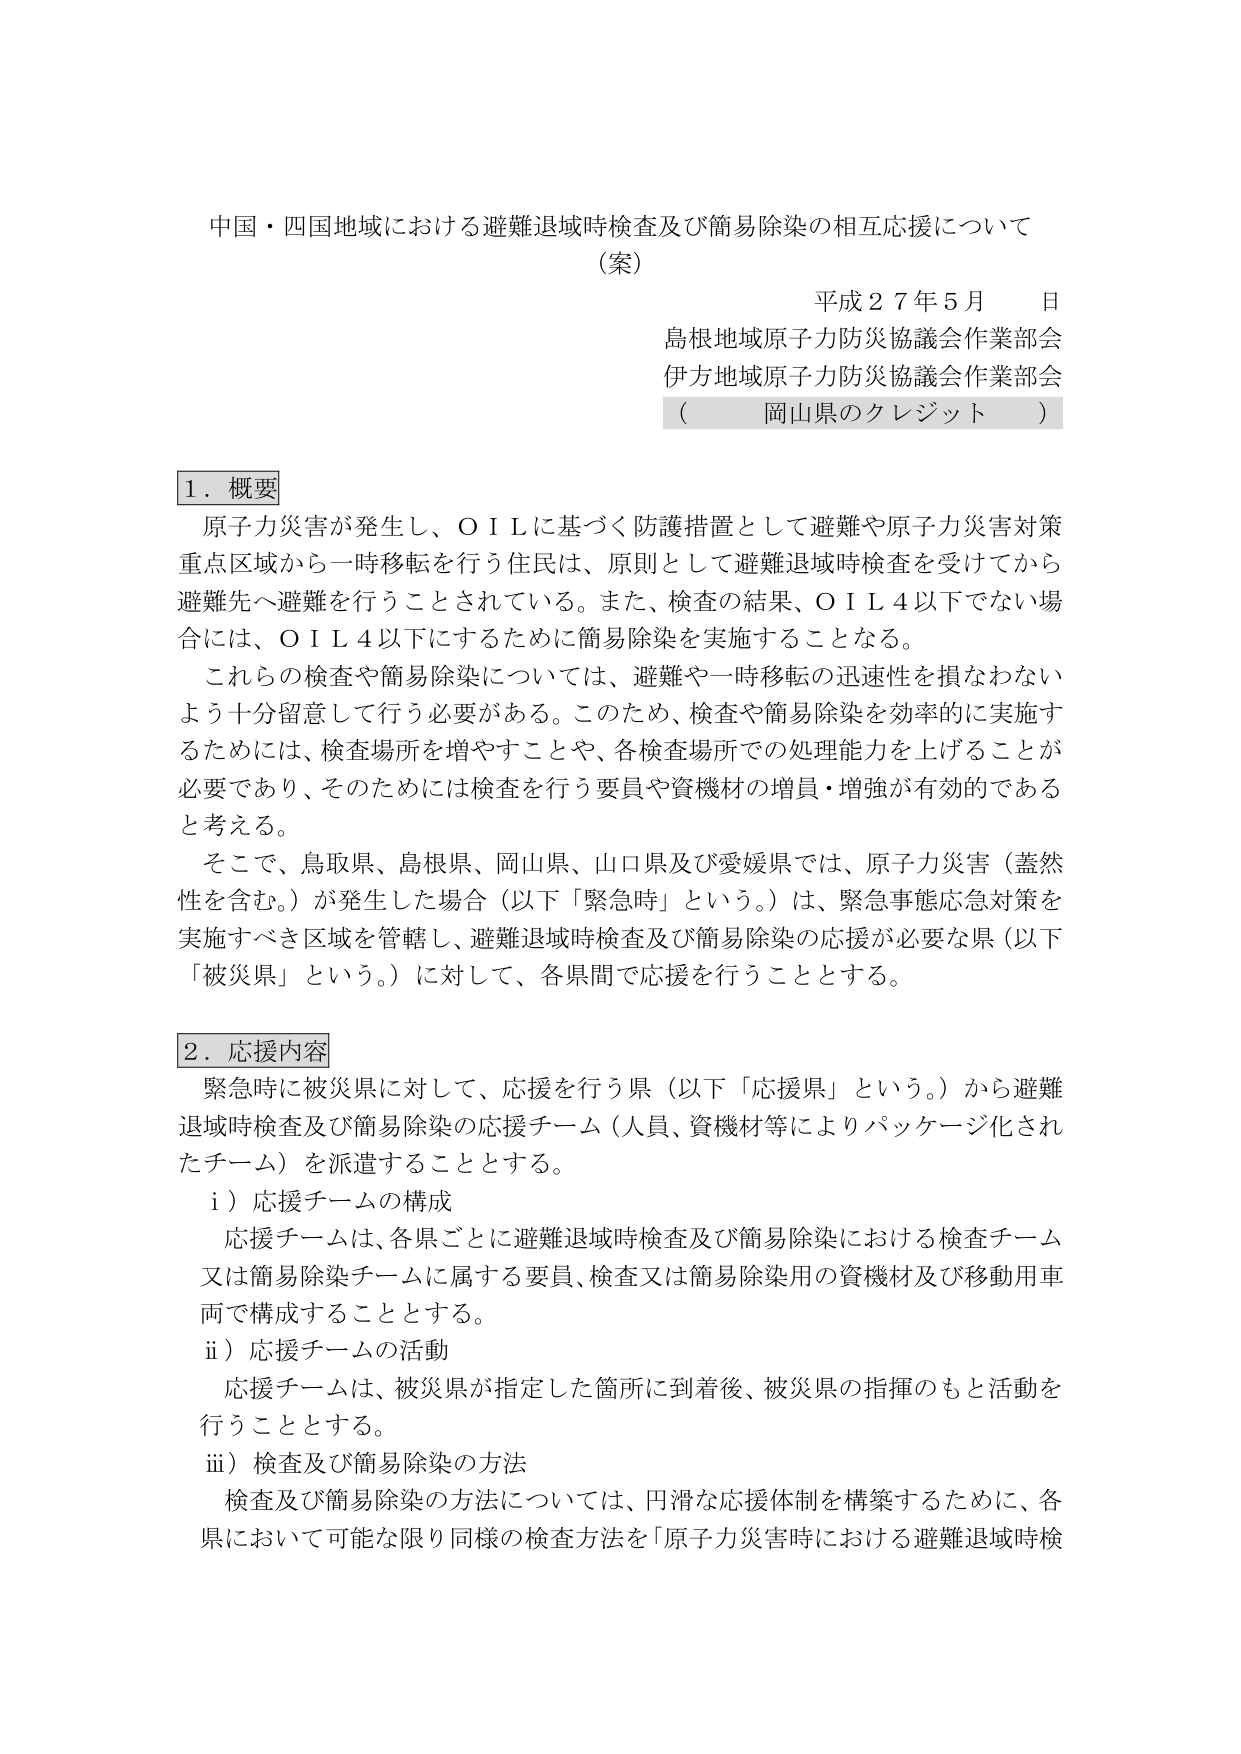
中国・四国地域における避難退域時検査及び簡易除染の相互応援について
（案）
平成２７年５月　日
島根地域原子力防災協議会作業部会
伊方地域原子力防災協議会作業部会
（　岡山県のクレジット　）

１．概要
原子力災害が発生し、ＯＩＬに基づく防護措置として避難や原子力災害対策重点区域から一時移転を行う住民は、原則として避難退域時検査を受けてから避難先へ避難を行うことされている。また、検査の結果、ＯＩＬ４以下でない場合には、ＯＩＬ４以下にするために簡易除染を実施することとなる。
これらの検査や簡易除染については、避難や一時移転の迅速性を損なわないよう十分留意して行う必要がある。このため、検査や簡易除染を効率的に実施するためには、検査場所を増やすことや、各検査場所での処理能力を上げることが必要であり、そのためには検査を行う要員や資機材の増員・増強が有効的であると考える。
そこで、鳥取県、島根県、岡山県、山口県及び愛媛県では、原子力災害（蓋然性を含む。）が発生した場合（以下「緊急時」という。）は、緊急事態応急対策を実施すべき区域を管轄し、避難退域時検査及び簡易除染の応援が必要な県（以下「被災県」という。）に対して、各県間で応援を行うこととする。

２．応援内容
緊急時に被災県に対して、応援を行う県（以下「応援県」という。）から避難退域時検査及び簡易除染の応援チーム（人員、資機材等によりパッケージ化されたチーム）を派遣することとする。
　ｉ）応援チームの構成
　　応援チームは、各県ごとに避難退域時検査及び簡易除染における検査チーム又は簡易除染チームに属する要員、検査又は簡易除染用の資機材及び移動用車両で構成することとする。
　ｉｉ）応援チームの活動
　　応援チームは、被災県が指定した箇所に到着後、被災県の指揮のもと活動を行うこととする。
　ｉｉｉ）検査及び簡易除染の方法
　　検査及び簡易除染の方法については、円滑な応援体制を構築するために、各県において可能な限り同様の検査方法を「原子力災害時における避難退域時検